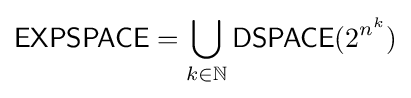
{\mathsf {EXPSPACE}}=\bigcup _{k\in \mathbb {N} }{\mathsf {DSPACE}}(2^{n^{k}})